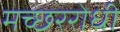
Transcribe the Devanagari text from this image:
मच्छररोधी